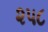
૨૫૮